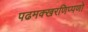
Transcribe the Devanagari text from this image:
पढमक्खरणिप्पणो